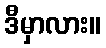
ဒီမှာလား။